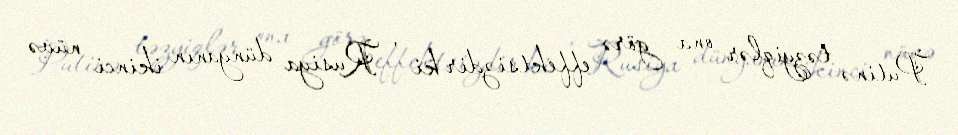
Putinə təzyiqlər ona görə effektsizdir ki , Rusiya dünyanın ikinci nüvə